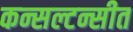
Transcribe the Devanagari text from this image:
कन्सल्टन्सीत